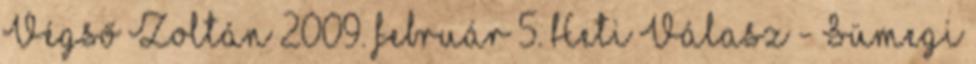
Végső Zoltán 2009. február 5. Heti Válasz - Sümegi